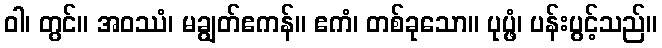
ဝါ၊ တွင်။ အဝဿံ၊ မချွတ်ဧကန်။ ဧကံ၊ တစ်ခုသော။ ပုပ္ဖံ၊ ပန်းပွင့်သည်။